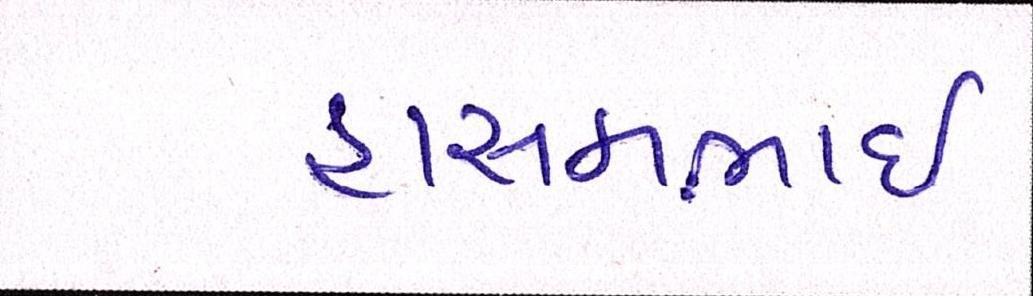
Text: હાસમભાઇ